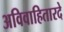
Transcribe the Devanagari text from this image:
अविवाहितारदे